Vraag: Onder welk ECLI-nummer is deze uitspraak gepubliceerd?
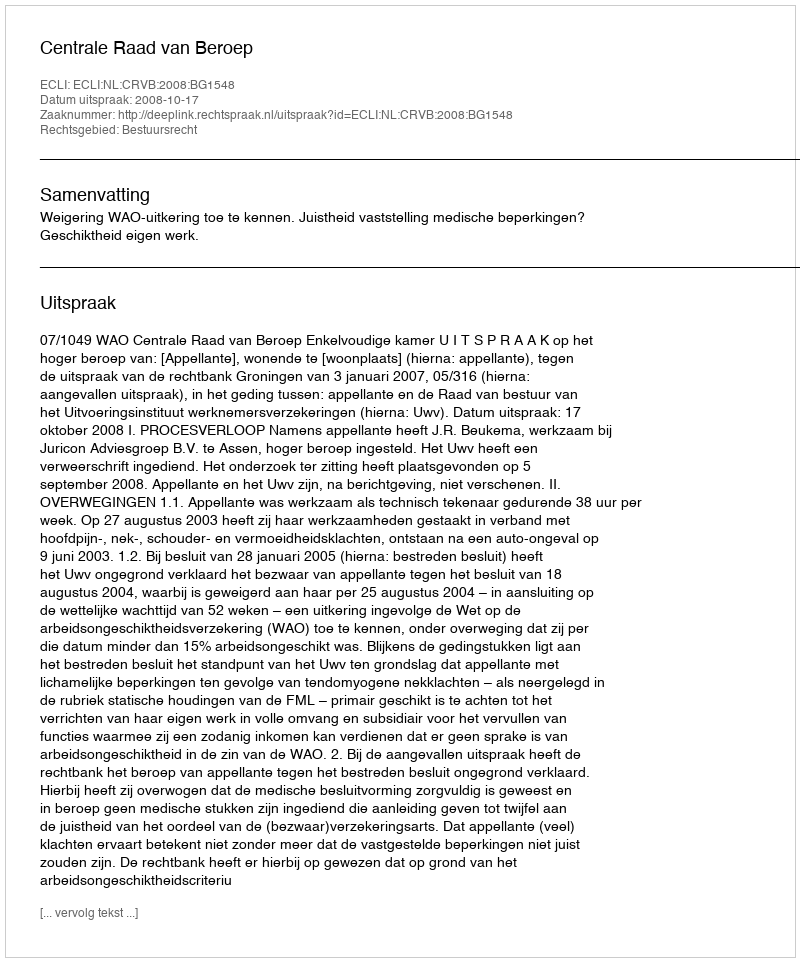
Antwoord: ECLI:NL:CRVB:2008:BG1548